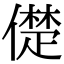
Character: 儊